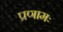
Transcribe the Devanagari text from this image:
प्रणामः